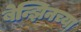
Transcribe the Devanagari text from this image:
बेन्झिनच्या